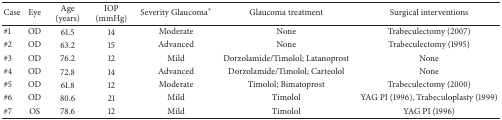
<table><thead><tr><td><b>Case</b></td><td><b>Eye</b></td><td><b>Age (years)</b></td><td><b>IOP (mmHg)</b></td><td><b>Severity Glaucoma<sup><i>∗</i></sup></b></td><td><b>Glaucoma treatment</b></td><td><b>Surgical interventions</b></td></tr></thead><tbody><tr><td>#1</td><td>OD</td><td>61.5</td><td>14</td><td>Moderate</td><td>None</td><td>Trabeculectomy (2007)</td></tr><tr><td>#2</td><td>OD</td><td>63.2</td><td>15</td><td>Advanced</td><td>None</td><td>Trabeculectomy (1995)</td></tr><tr><td>#3</td><td>OD</td><td>76.2</td><td>12</td><td>Mild</td><td>Dorzolamide/Timolol; Latanoprost</td><td>None</td></tr><tr><td>#4</td><td>OD</td><td>72.8</td><td>14</td><td>Advanced</td><td>Dorzolamide/Timolol; Carteolol</td><td>None</td></tr><tr><td>#5</td><td>OD</td><td>61.8</td><td>12</td><td>Moderate</td><td>Timolol; Bimatoprost</td><td>Trabeculectomy (2000)</td></tr><tr><td>#6</td><td>OD</td><td>80.6</td><td>21</td><td>Mild</td><td>Timolol</td><td>YAG PI (1996), Trabeculoplasty (1999)</td></tr><tr><td>#7</td><td>OS</td><td>78.6</td><td>12</td><td>Mild</td><td>Timolol</td><td>YAG PI (1996)</td></tr></tbody></table>